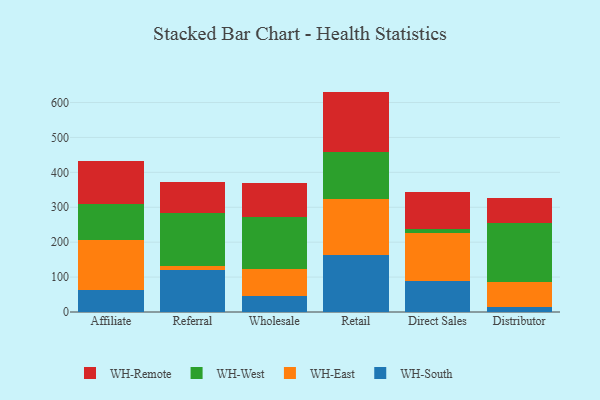
{"axis": {"x": "Channel", "y": "Latency (ms)"}, "legend": ["WH-East", "WH-Remote", "WH-South", "WH-West"], "data": [{"x": "Affiliate", "y": 63.3, "type": "WH-South"}, {"x": "Affiliate", "y": 142.2, "type": "WH-East"}, {"x": "Affiliate", "y": 104.9, "type": "WH-West"}, {"x": "Affiliate", "y": 123.4, "type": "WH-Remote"}, {"x": "Referral", "y": 121.4, "type": "WH-South"}, {"x": "Referral", "y": 10.0, "type": "WH-East"}, {"x": "Referral", "y": 151.7, "type": "WH-West"}, {"x": "Referral", "y": 90.7, "type": "WH-Remote"}, {"x": "Wholesale", "y": 46.2, "type": "WH-South"}, {"x": "Wholesale", "y": 77.7, "type": "WH-East"}, {"x": "Wholesale", "y": 147.1, "type": "WH-West"}, {"x": "Wholesale", "y": 99.7, "type": "WH-Remote"}, {"x": "Retail", "y": 162.2, "type": "WH-South"}, {"x": "Retail", "y": 160.4, "type": "WH-East"}, {"x": "Retail", "y": 135.3, "type": "WH-West"}, {"x": "Retail", "y": 173.4, "type": "WH-Remote"}, {"x": "Direct Sales", "y": 90.2, "type": "WH-South"}, {"x": "Direct Sales", "y": 137.4, "type": "WH-East"}, {"x": "Direct Sales", "y": 11.1, "type": "WH-West"}, {"x": "Direct Sales", "y": 105.1, "type": "WH-Remote"}, {"x": "Distributor", "y": 15.2, "type": "WH-South"}, {"x": "Distributor", "y": 71.1, "type": "WH-East"}, {"x": "Distributor", "y": 169.1, "type": "WH-West"}, {"x": "Distributor", "y": 71.7, "type": "WH-Remote"}]}